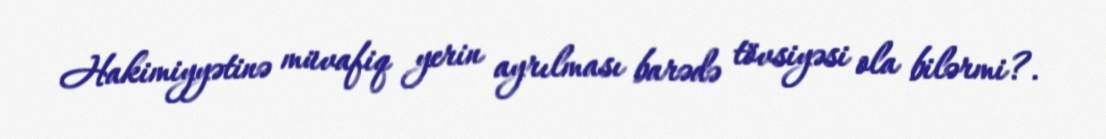
Hakimiyyətinə müvafiq yerin ayrılması barədə tövsiyəsi ola bilərmi?.